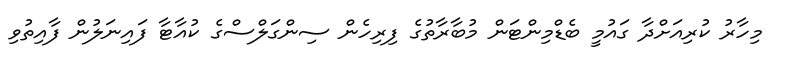
މިހާރު ކުރިއަށްދާ ގައުމީ ބެޑްމިންޓަން މުބާރާތުގެ ފިރިހެން ސިންގަލްސްގެ ކުއާޓާ ފައިނަލުން ފާއިތުވި